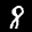
Label: 8